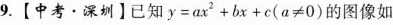
9.【中考·深圳】已知$$y = a x ^{2} + b x + c$$(a≠0)的图像如